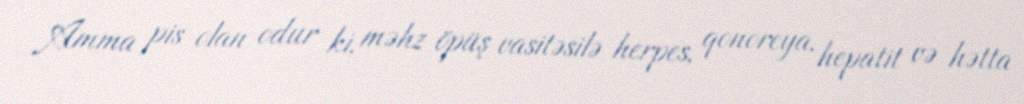
Amma pis olan odur ki, məhz öpüş vasitəsilə herpes, qonoreya, hepatit və hətta